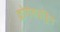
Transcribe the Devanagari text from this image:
क्लोरोहाइड्रिन